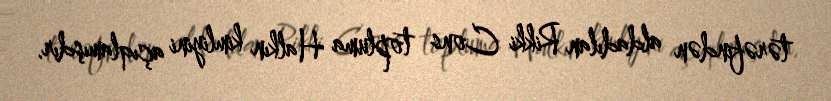
tərəfindən aldadılan Rikki Cons topluma Halkın kimliyini açıqlamışdır.